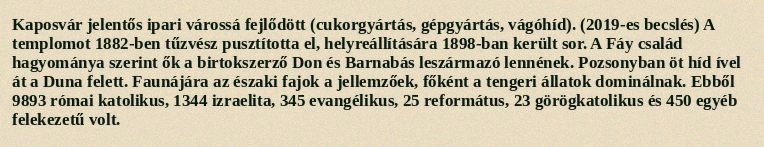
Kaposvár jelentős ipari várossá fejlődött (cukorgyártás, gépgyártás, vágóhíd). (2019-es becslés) A templomot 1882-ben tűzvész pusztította el, helyreállítására 1898-ban került sor. A Fáy család hagyománya szerint ők a birtokszerző Don és Barnabás leszármazó lennének. Pozsonyban öt híd ível át a Duna felett. Faunájára az északi fajok a jellemzőek, főként a tengeri állatok dominálnak. Ebből 9893 római katolikus, 1344 izraelita, 345 evangélikus, 25 református, 23 görögkatolikus és 450 egyéb felekezetű volt.